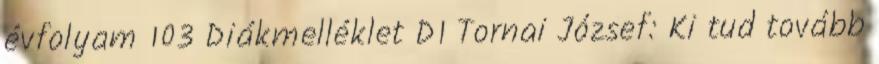
évfolyam 103 Diákmelléklet D1 Tornai József: Ki tud tovább